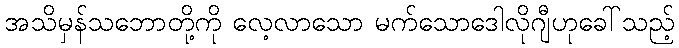
အသိမှန်သဘောတို့ကို လေ့လာသော မက်သောဒေါလိုဂျီဟုခေါ်သည့်